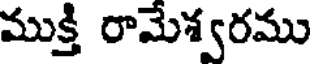
ముక్తి రామేశ్వరము